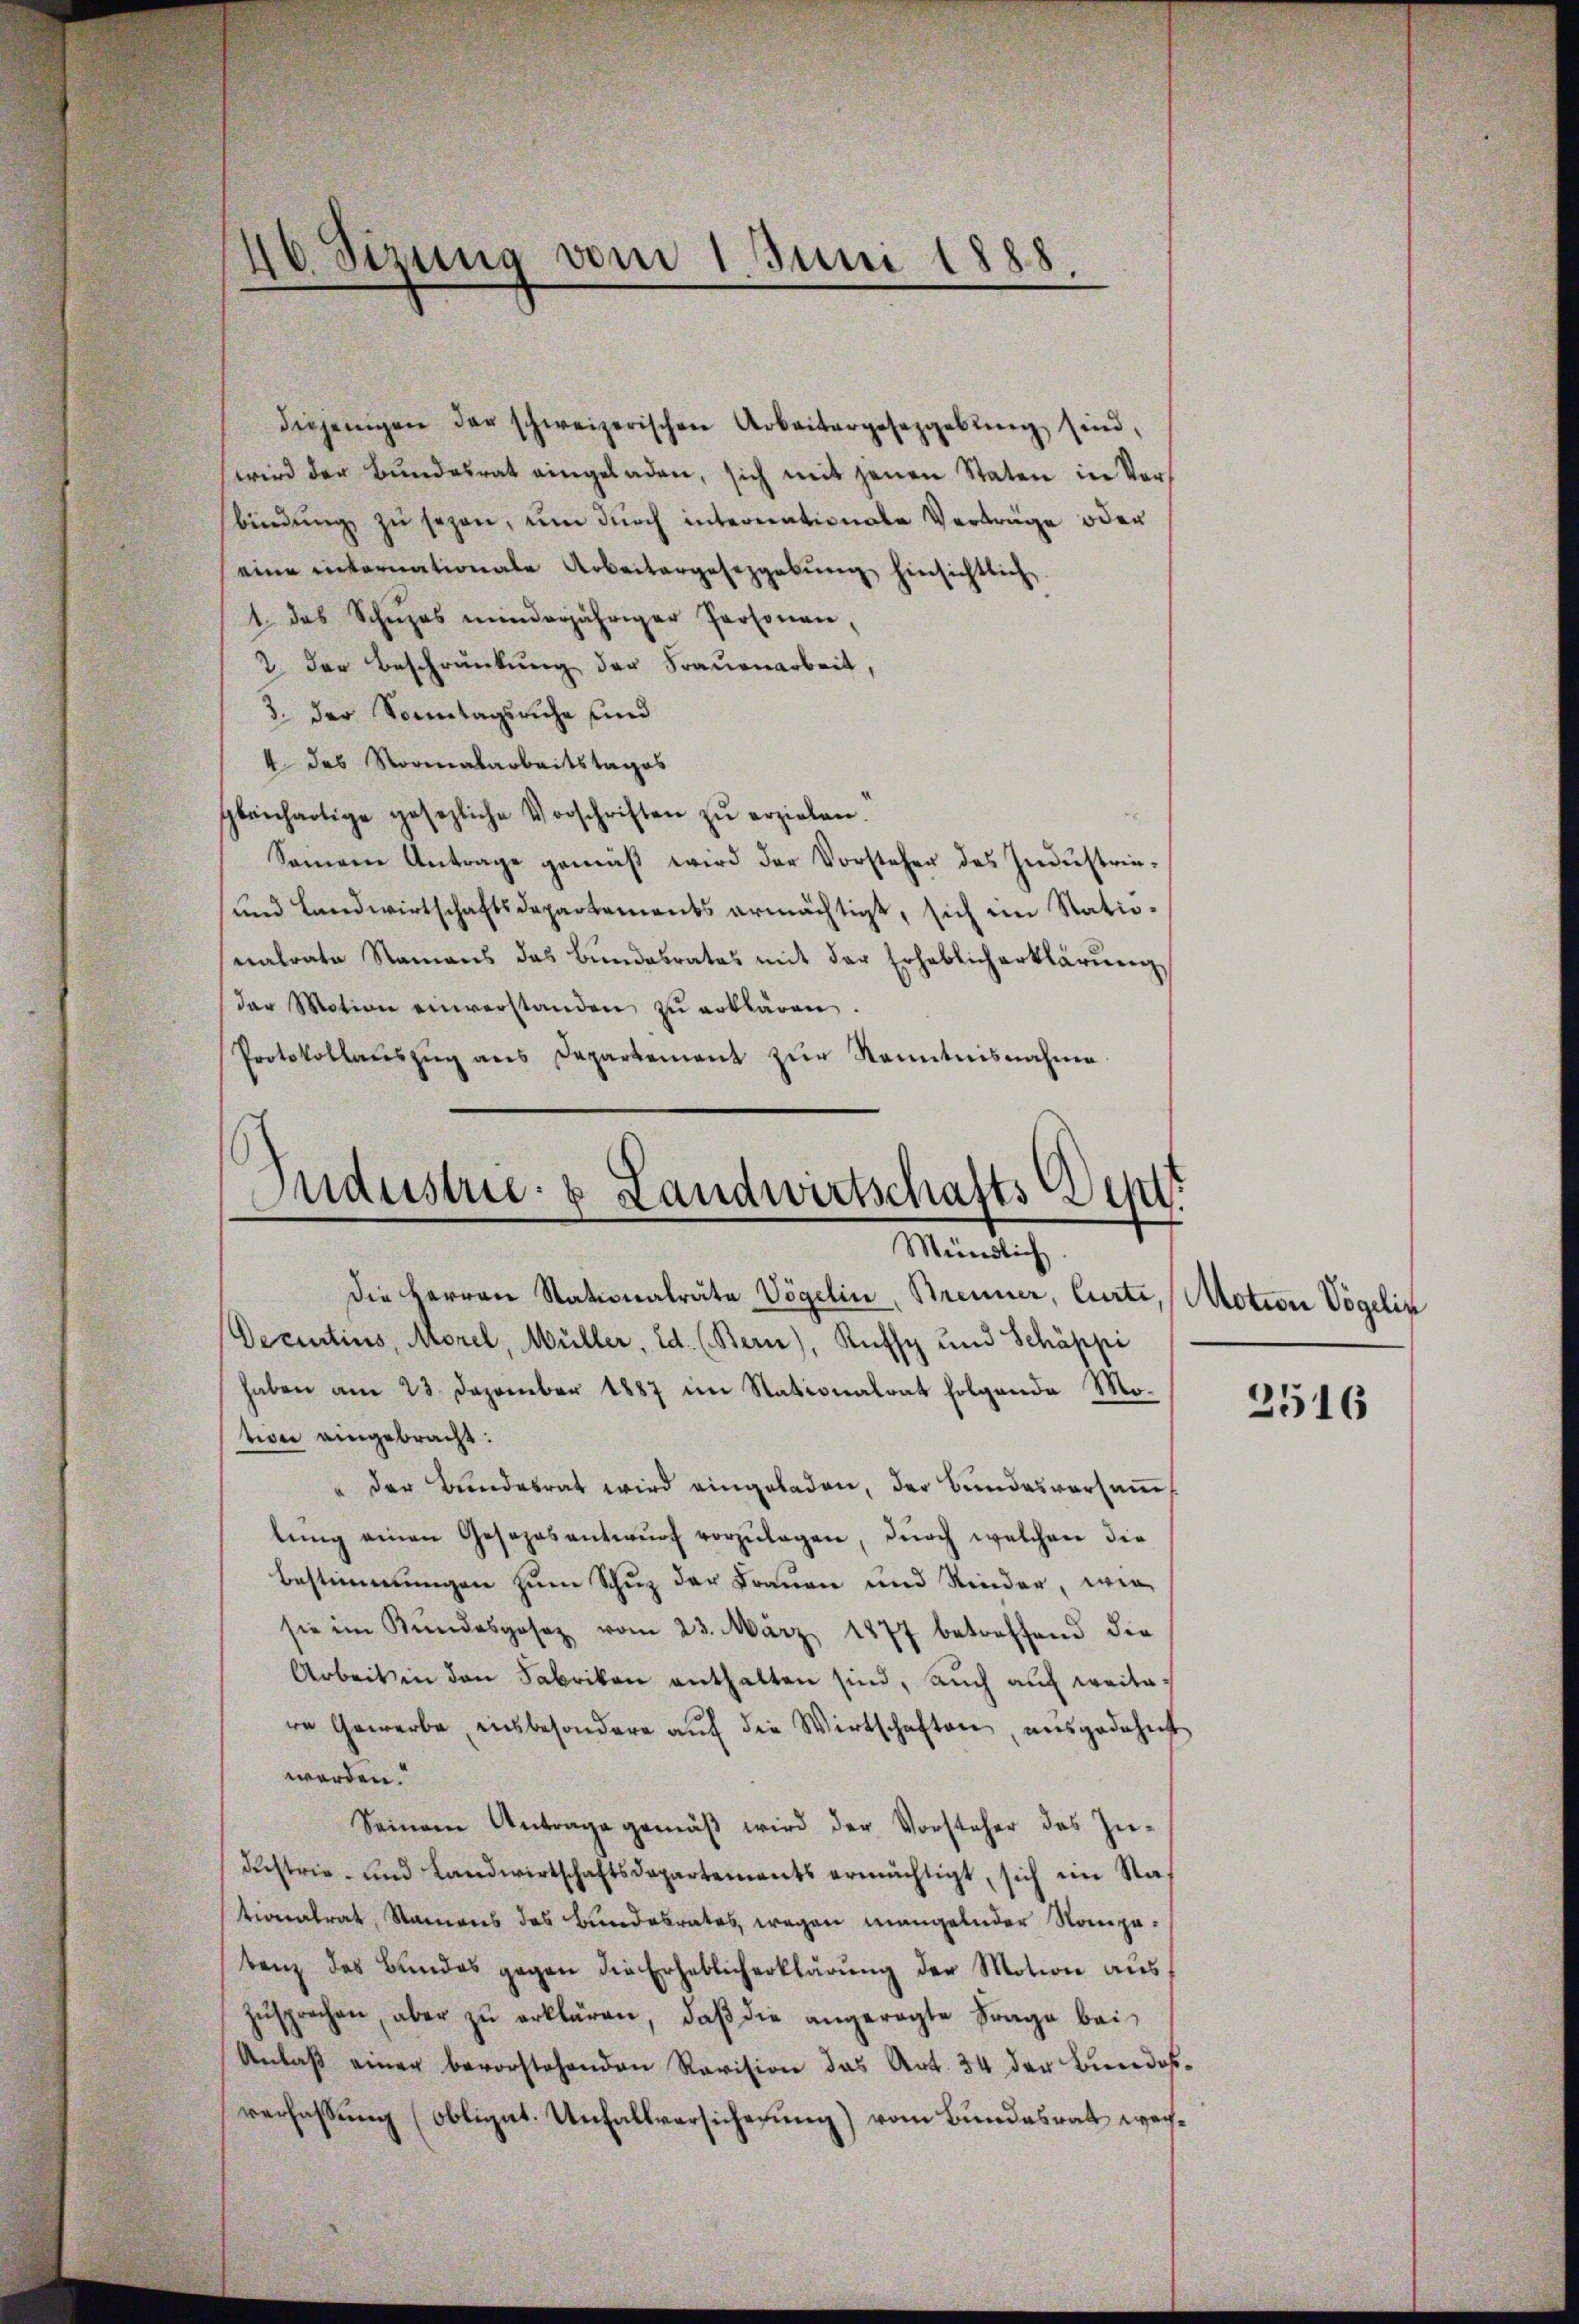
46. Sirung vom 1. Juni 1888.

diejenigen der schweizerischen Arbeitergesetzgebung sind,
wird der Bundesrat eingeladen, sich mit jenen Staten in Vorbindŭng zŭ sezen, ŭm dŭrch internationale Verträge oder
eine internationale Arbeitergesezgabŭng hinsichtlich,
1. das Schŭzes minderjähriger Personen,
2. der Beschränkung der Frauenarbeit,
3. der Sonntagsruhe und
4 des Normalarbeitstages
gleichartige gesezliche Vorschriften zŭ erzielen.
Seiner Antrage gemäβ wird der Vorsteher des Indŭstrie-
und Landwirtschaftsdepartements ermächtigt, sich ein Stationalrate Namens das Bŭndesrates mit der Erheblich erklärŭng
das Motion einverstanden zŭ erklären.
Protokollaŭszŭg ans Departement zur Kenntnisnahme.

Industrie- & Landwirtschafts Dep
Mündlich.
die Herren Nationalräte Vögelin, Brenner, Curti, Motion Vögelin

Decurtius, Morel, Müller, Ed. (Bern), Rufs und Schäppi
haben am 23. Dezember 1887 im Stationalrat folgende Motion eingebracht.
" der Bundesrat wird eingeladen, der Bundesversammlŭng einen Gesezesentwŭrf vorzŭlagen, durch welchen die
Bestimmungen zum Schuz der Frauen und Kinder, wie
sie im Kundesgesez vom 23. März 1877 betreffend die
Arbeit in den Fabrikon enthalten sind, auch auf weitere Gewerbe, insbesondere auf die Wirtschaften, ausgedehnt
worden.
Seinem Antrage gemäβ wird der Vorsteher des Industrie- und Landwirtschaftsdepartements ermächtigt, sich ein Rationalrat, Stamens des Bundesrates, wegen mangelnder Nompetenz des Bŭndes gegen die Erheblicherklärŭng der Motion aus
zŭsprochen, aber zu erklären, daß die angeregte Frage bei¬
Anlaβ einer bevorstehenden Revision das Art. 34 der Bundesverfaßung (Obligat. Unfallversicherung) vom Bundesrath wech¬

2516